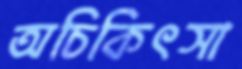
অচিকিৎসা